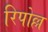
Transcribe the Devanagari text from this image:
रिपोल्ल